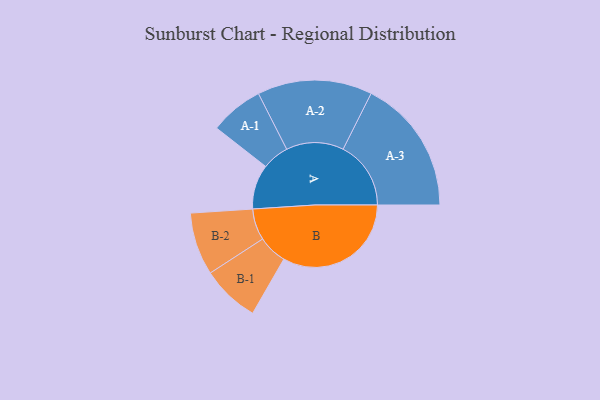
{"axis": {"x": "Segment", "y": "Value"}, "legend": ["", "A", "B"], "data": [{"x": "A", "y": 168, "type": ""}, {"x": "B", "y": 483, "type": ""}, {"x": "A-1", "y": 101, "type": "A"}, {"x": "A-2", "y": 216, "type": "A"}, {"x": "A-3", "y": 255, "type": "A"}, {"x": "B-1", "y": 109, "type": "B"}, {"x": "B-2", "y": 118, "type": "B"}]}